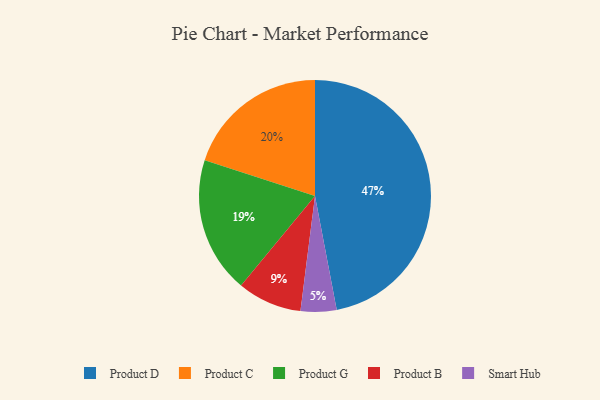
{"axis": {"x": "Category", "y": "Percentage"}, "legend": ["Product B", "Product C", "Product D", "Product G", "Smart Hub"], "data": [{"x": "Product B", "y": 9, "type": "Product B"}, {"x": "Product G", "y": 19, "type": "Product G"}, {"x": "Product D", "y": 47, "type": "Product D"}, {"x": "Product C", "y": 20, "type": "Product C"}, {"x": "Smart Hub", "y": 5, "type": "Smart Hub"}]}